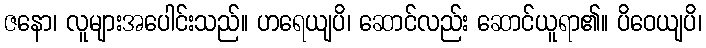
ဇနော၊ လူများအပေါင်းသည်။ ဟရေယျပိ၊ ဆောင်လည်း ဆောင်ယူရာ၏။ ပိဝေယျပိ၊